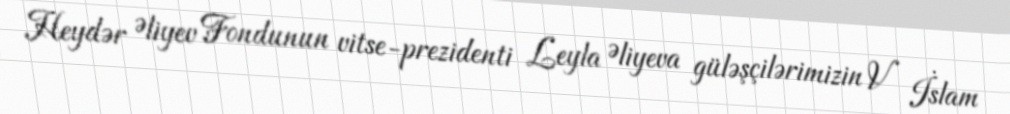
Heydər Əliyev Fondunun vitse-prezidenti Leyla Əliyeva güləşçilərimizin V İslam